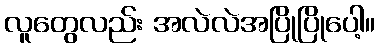
လူတွေလည်း အလဲလဲအပြိုပြိုပေါ့။